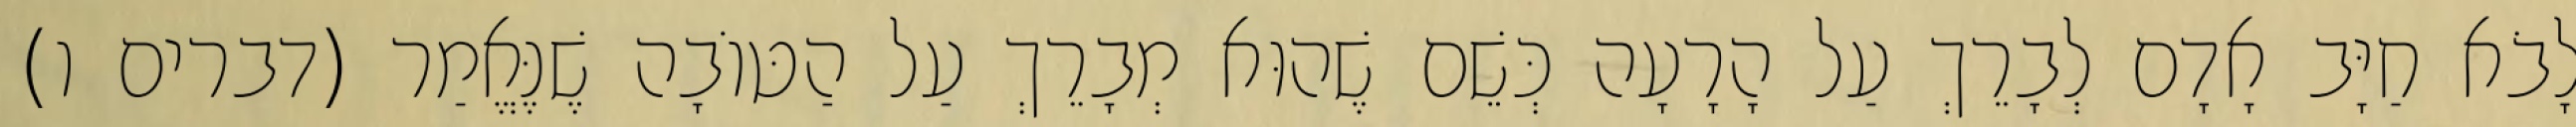
לָבֹא חַיָּב אָדָם לְבָרֵךְ עַל הָרָעָה כְּשֵׁם שֶׁהוּא מְבָרֵךְ עַל הַטּוֹבָה שֶׁנֶּאֱמַר (דברים ו)